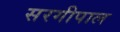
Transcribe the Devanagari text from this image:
सरगीपाल